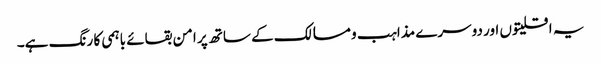
یہ اقلیتوں اور دوسرے مذاہب و مسالک کے ساتھ پر امن بقائے باہمی کا رنگ ہے۔